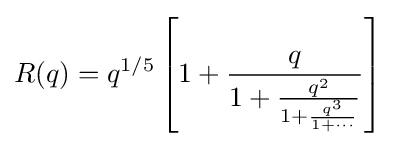
R(q)=q^{1/5}\left[1+{\frac {q}{1+{\frac {q^{2}}{1+{\frac {q^{3}}{1+\cdots }}}}}}\right]